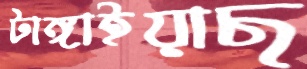
টাঙ্গাইয়াছ